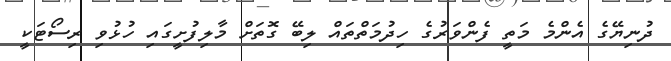
ދުނިޔޭގެ އެންމެ މަތީ ފެންވަރުގެ ހިދުމަތްތައް ލިބޭ ގޮތަށް މާލިފުށީގައި ހުޅުވި ރިސޯޓަކީ